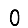
Digit: 0